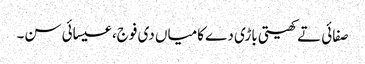
صفائی تے کھیتی باڑی دے کامیاں دی فوج، عیسائی سن۔